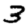
Digit: 3